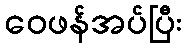
ဝေဖန်အပ်ပြီး